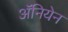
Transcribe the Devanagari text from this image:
अॅनियेन